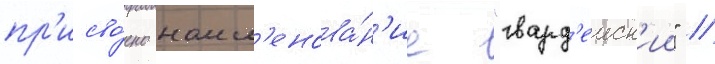
пр'исво́ено наим'енова́н'ие "гвард'еиск'ии" //